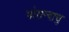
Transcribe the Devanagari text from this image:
पोरान्दाचु